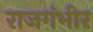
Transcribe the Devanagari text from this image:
राजगंभीर